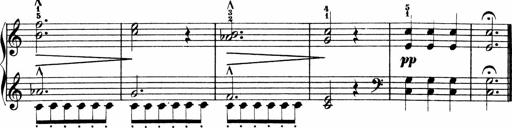
Title: 3 Sonatinen
Composer: Heinrich Lichner